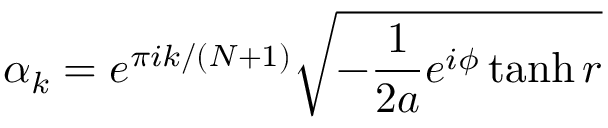
\alpha _ { k } = e ^ { \pi i k / ( N + 1 ) } \sqrt { - \frac { 1 } { 2 a } e ^ { i \phi } \operatorname { t a n h } r }